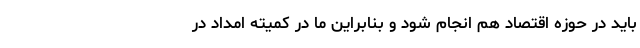
باید در حوزه اقتصاد هم انجام شود و بنابراین ما در کمیته امداد در